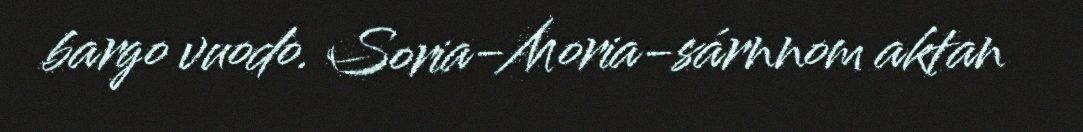
bargo vuodo. Soria-Moria-sárnnom aktan